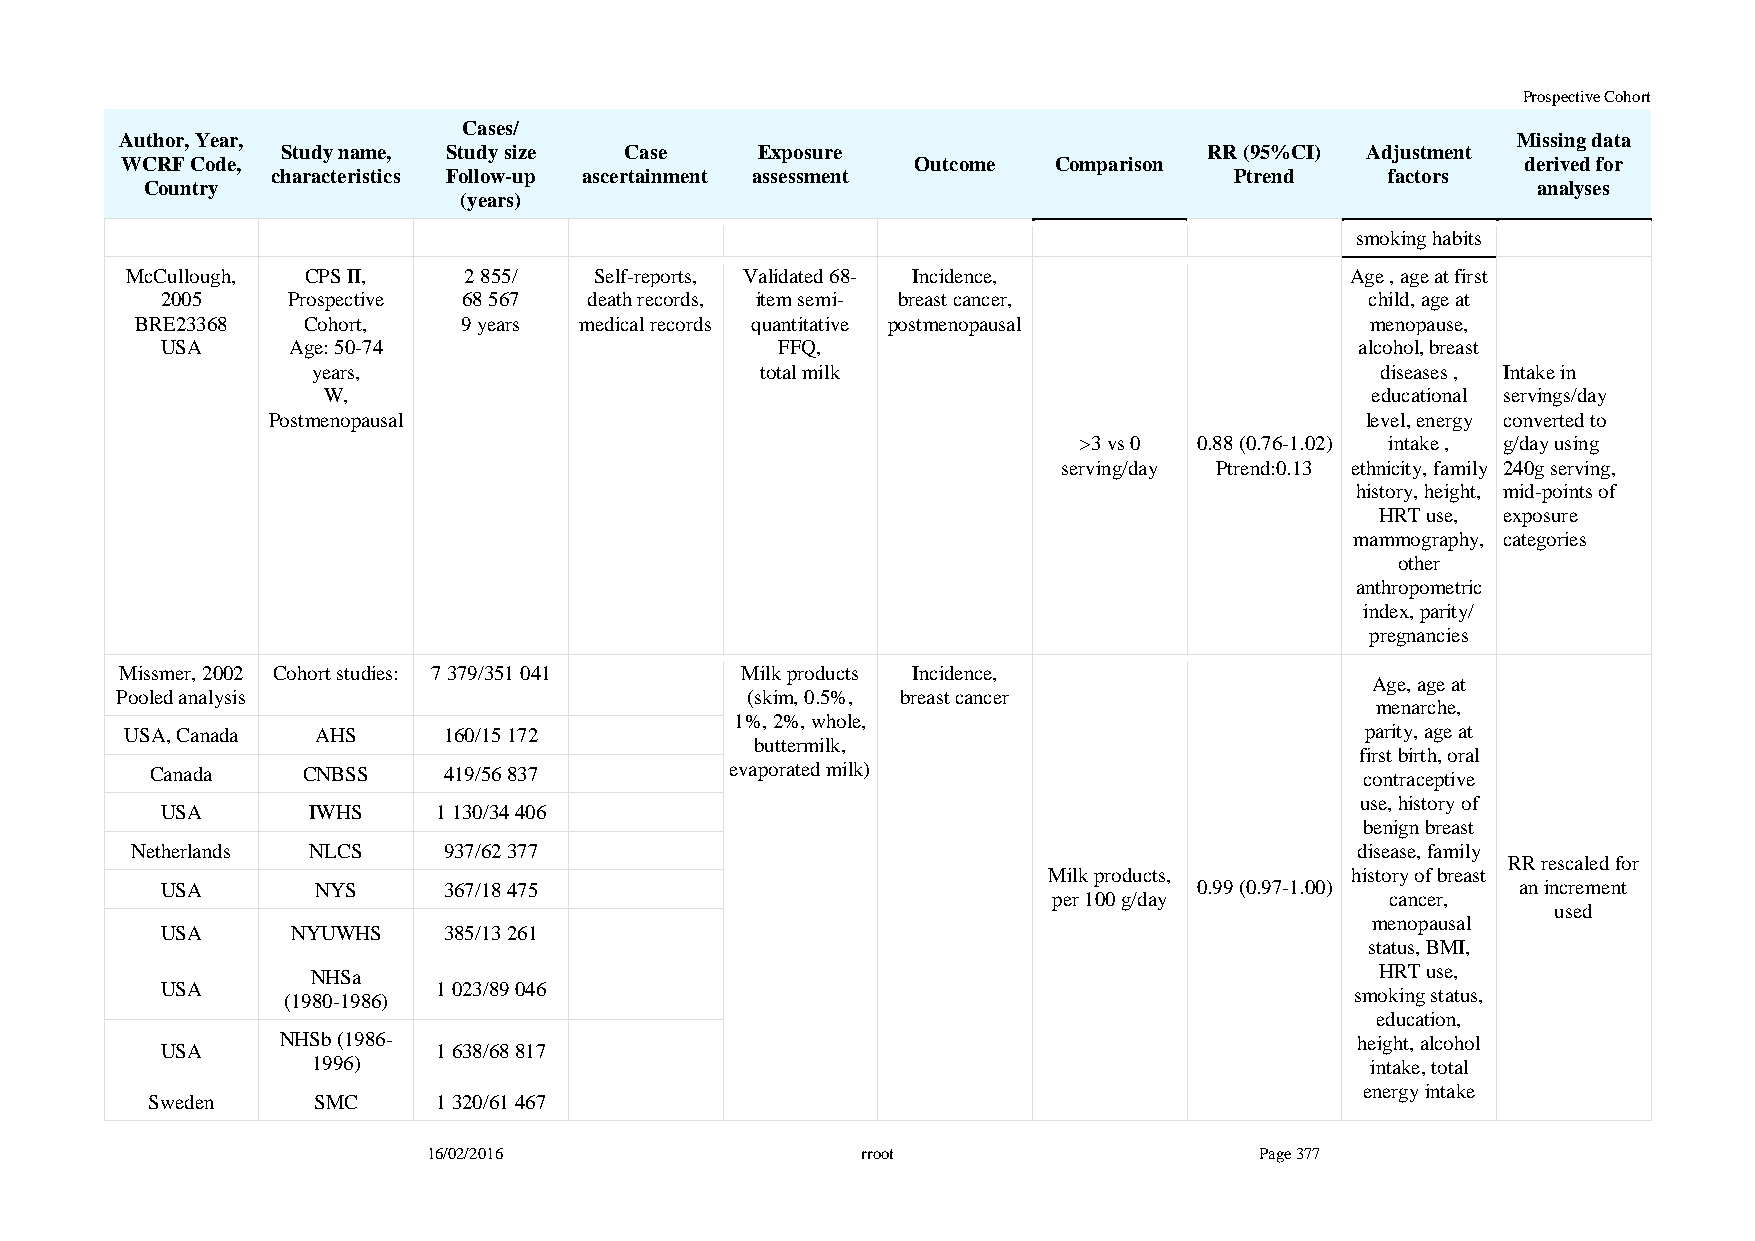
Prospective Cohort
 Cases/
 Author, Year,                                                                               Missing data
 Study name, Study size Case    Exposure                      RR (95%CI) Adjustment
 WCRF Code,                                           Outcome  Comparison                     derived for
 characteristics Follow-up ascertainment assessment              Ptrend    factors
 Country                                                                                     analyses
 (years)
 smoking habits
 McCullough, CPS II,    2 855/  Self-reports, Validated 68- Incidence,            Age , age at first
 2005    Prospective 68 567  death records, item semi- breast cancer,            child, age at
 BRE23368   Cohort,    9 years medical records quantitative postmenopausal         menopause,
 USA     Age: 50-74                       FFQ,                                  alcohol, breast
 years,                       total milk                               diseases , Intake in
 W,                                                                    educational servings/day
 Postmenopausal                                                          level, energy converted to
 >3 vs 0 0.88 (0.76-1.02) intake , g/day using
 serving/day Ptrend:0.13 ethnicity, family 240g serving,
 history, height, mid-points of
 HRT use, exposure
 mammography, categories
 other
 anthropometric
 index, parity/
 pregnancies
 Missmer, 2002 Cohort studies: 7 379/351 041 Milk products Incidence,
 Age, age at
 Pooled analysis                          (skim, 0.5%, breast cancer
 menarche,
 1%, 2%, whole,
 USA, Canada  AHS     160/15 172                                                   parity, age at
 buttermilk,
 first birth, oral
 Canada    CNBSS    419/56 837         evaporated milk)                          contraceptive
 use, history of
 USA      IWHS     1 130/34 406
 benign breast
 Netherlands NLCS    937/62 377                                                   disease, family
 RR rescaled for
 Milk products,      history of breast
 USA       NYS     367/18 475                                        0.99 (0.97-1.00)      an increment
 per 100 g/day         cancer,
 used
 USA     NYUWHS    385/13 261
 menopausal
 status, BMI,
 NHSa                                                                  HRT use,
 USA     (1980-1986) 1 023/89 046                                               smoking status,
 education,
 NHSb (1986-                                                            height, alcohol
 USA               1 638/68 817
 1996)                                                                 intake, total
 energy intake
 Sweden     SMC     1 320/61 467
 16/02/2016                   rroot                     Page 377